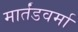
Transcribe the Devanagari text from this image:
मार्तंडवर्मा